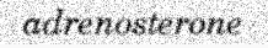
adrenosterone